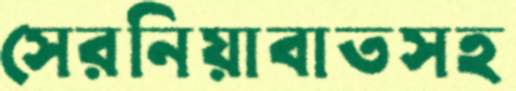
সেরনিয়াবাতসহ